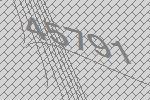
45791